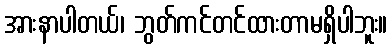
အားနာပါတယ်၊ ဘွတ်ကင်တင်ထားတာမရှိပါဘူး။